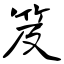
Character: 笈